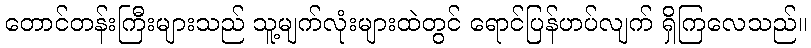
တောင်တန်းကြီးများသည် သူ့မျက်လုံးများထဲတွင် ရောင်ပြန်ဟပ်လျက် ရှိကြလေသည်။